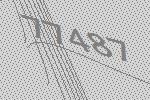
77487